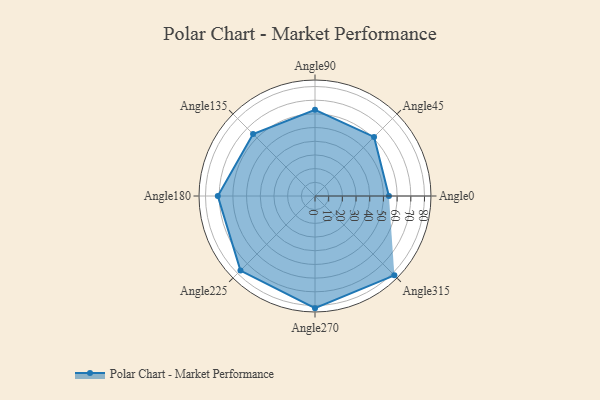
{"axis": {"x": "Angle", "y": "Radius"}, "legend": [""], "data": [{"x": "Angle0", "y": 54.0, "type": ""}, {"x": "Angle45", "y": 61.0, "type": ""}, {"x": "Angle90", "y": 63.0, "type": ""}, {"x": "Angle135", "y": 64.0, "type": ""}, {"x": "Angle180", "y": 71.0, "type": ""}, {"x": "Angle225", "y": 77.0, "type": ""}, {"x": "Angle270", "y": 82.0, "type": ""}, {"x": "Angle315", "y": 82.0, "type": ""}]}